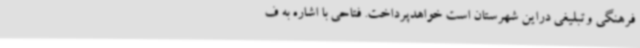
فرهنگی وتبلیغی دراین شهرستان است خواهدپرداخت. فتاحی با اشاره به ف